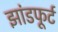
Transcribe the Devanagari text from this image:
झांडफूर्ट